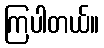
ကြပါတယ်။